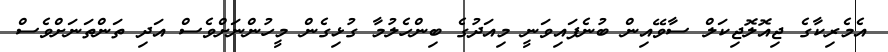
އެމެރިކާގެ ޖިއޮލޮޖިކަލް ސާވޭއިން ބުނެފައިވަނީ މިއަދުގެ ބިންހެލުމާ ގުޅިގެން މީހުންނަށްވެސް އަދި ތަންތަނަށްވެސް